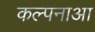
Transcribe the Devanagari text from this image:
कल्पनाआ